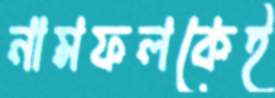
নামফলকেই